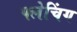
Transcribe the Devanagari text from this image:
फ्लेचिंग